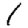
Digit: 1